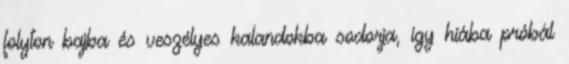
folyton bajba és veszélyes kalandokba sodorja, így hiába próbál